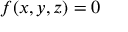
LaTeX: f ( x , y , z ) = 0